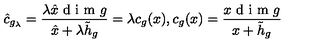
\hat { c } _ { g _ { \lambda } } = \frac { \lambda \hat { x } \textup { d i m } g } { \hat { x } + \lambda \tilde { h } _ { g } } = \lambda c _ { g } ( x ) , c _ { g } ( x ) = \frac { x \textup { d i m } g } { x + \tilde { h } _ { g } }